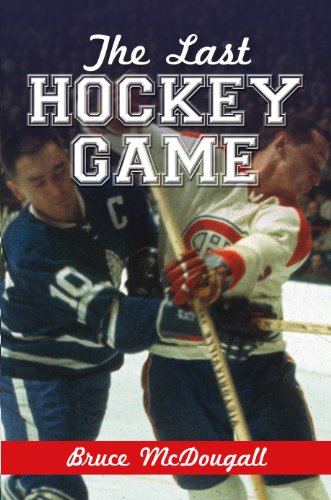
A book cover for The Last Hockey Game; Bruce McDougall; Sports & Outdoors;